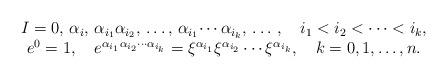
LaTeX: \begin{align*}\begin{array}{c}I=0,\,\alpha_i,\,\alpha_{i_1}\alpha_{i_2},\,\ldots,\,\alpha_{i_1}\!\cdots\alpha_{i_k},\,\ldots\,,\quad i_1<i_2<\cdots<i_k, \\e^0=1,\quad e^{\alpha_{i_1}\alpha_{i_2}\cdots\alpha_{i_k}}=\xi^{\alpha_{i_1}}\xi^{\alpha_{i_2}}\cdots\xi^{\alpha_{i_k}},\quad k=0,1, \ldots, n.\end{array}\end{align*}